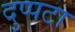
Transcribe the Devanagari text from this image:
दुप्पटा